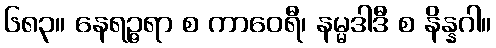
၆၈၃။ နေရဉ္ဇရာ စ ကာဝေရီ၊ နမ္မဒါဒီ စ နိန္နဂါ။